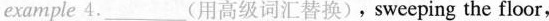
example 4.___（用高级词汇替换），sweeping the floor,